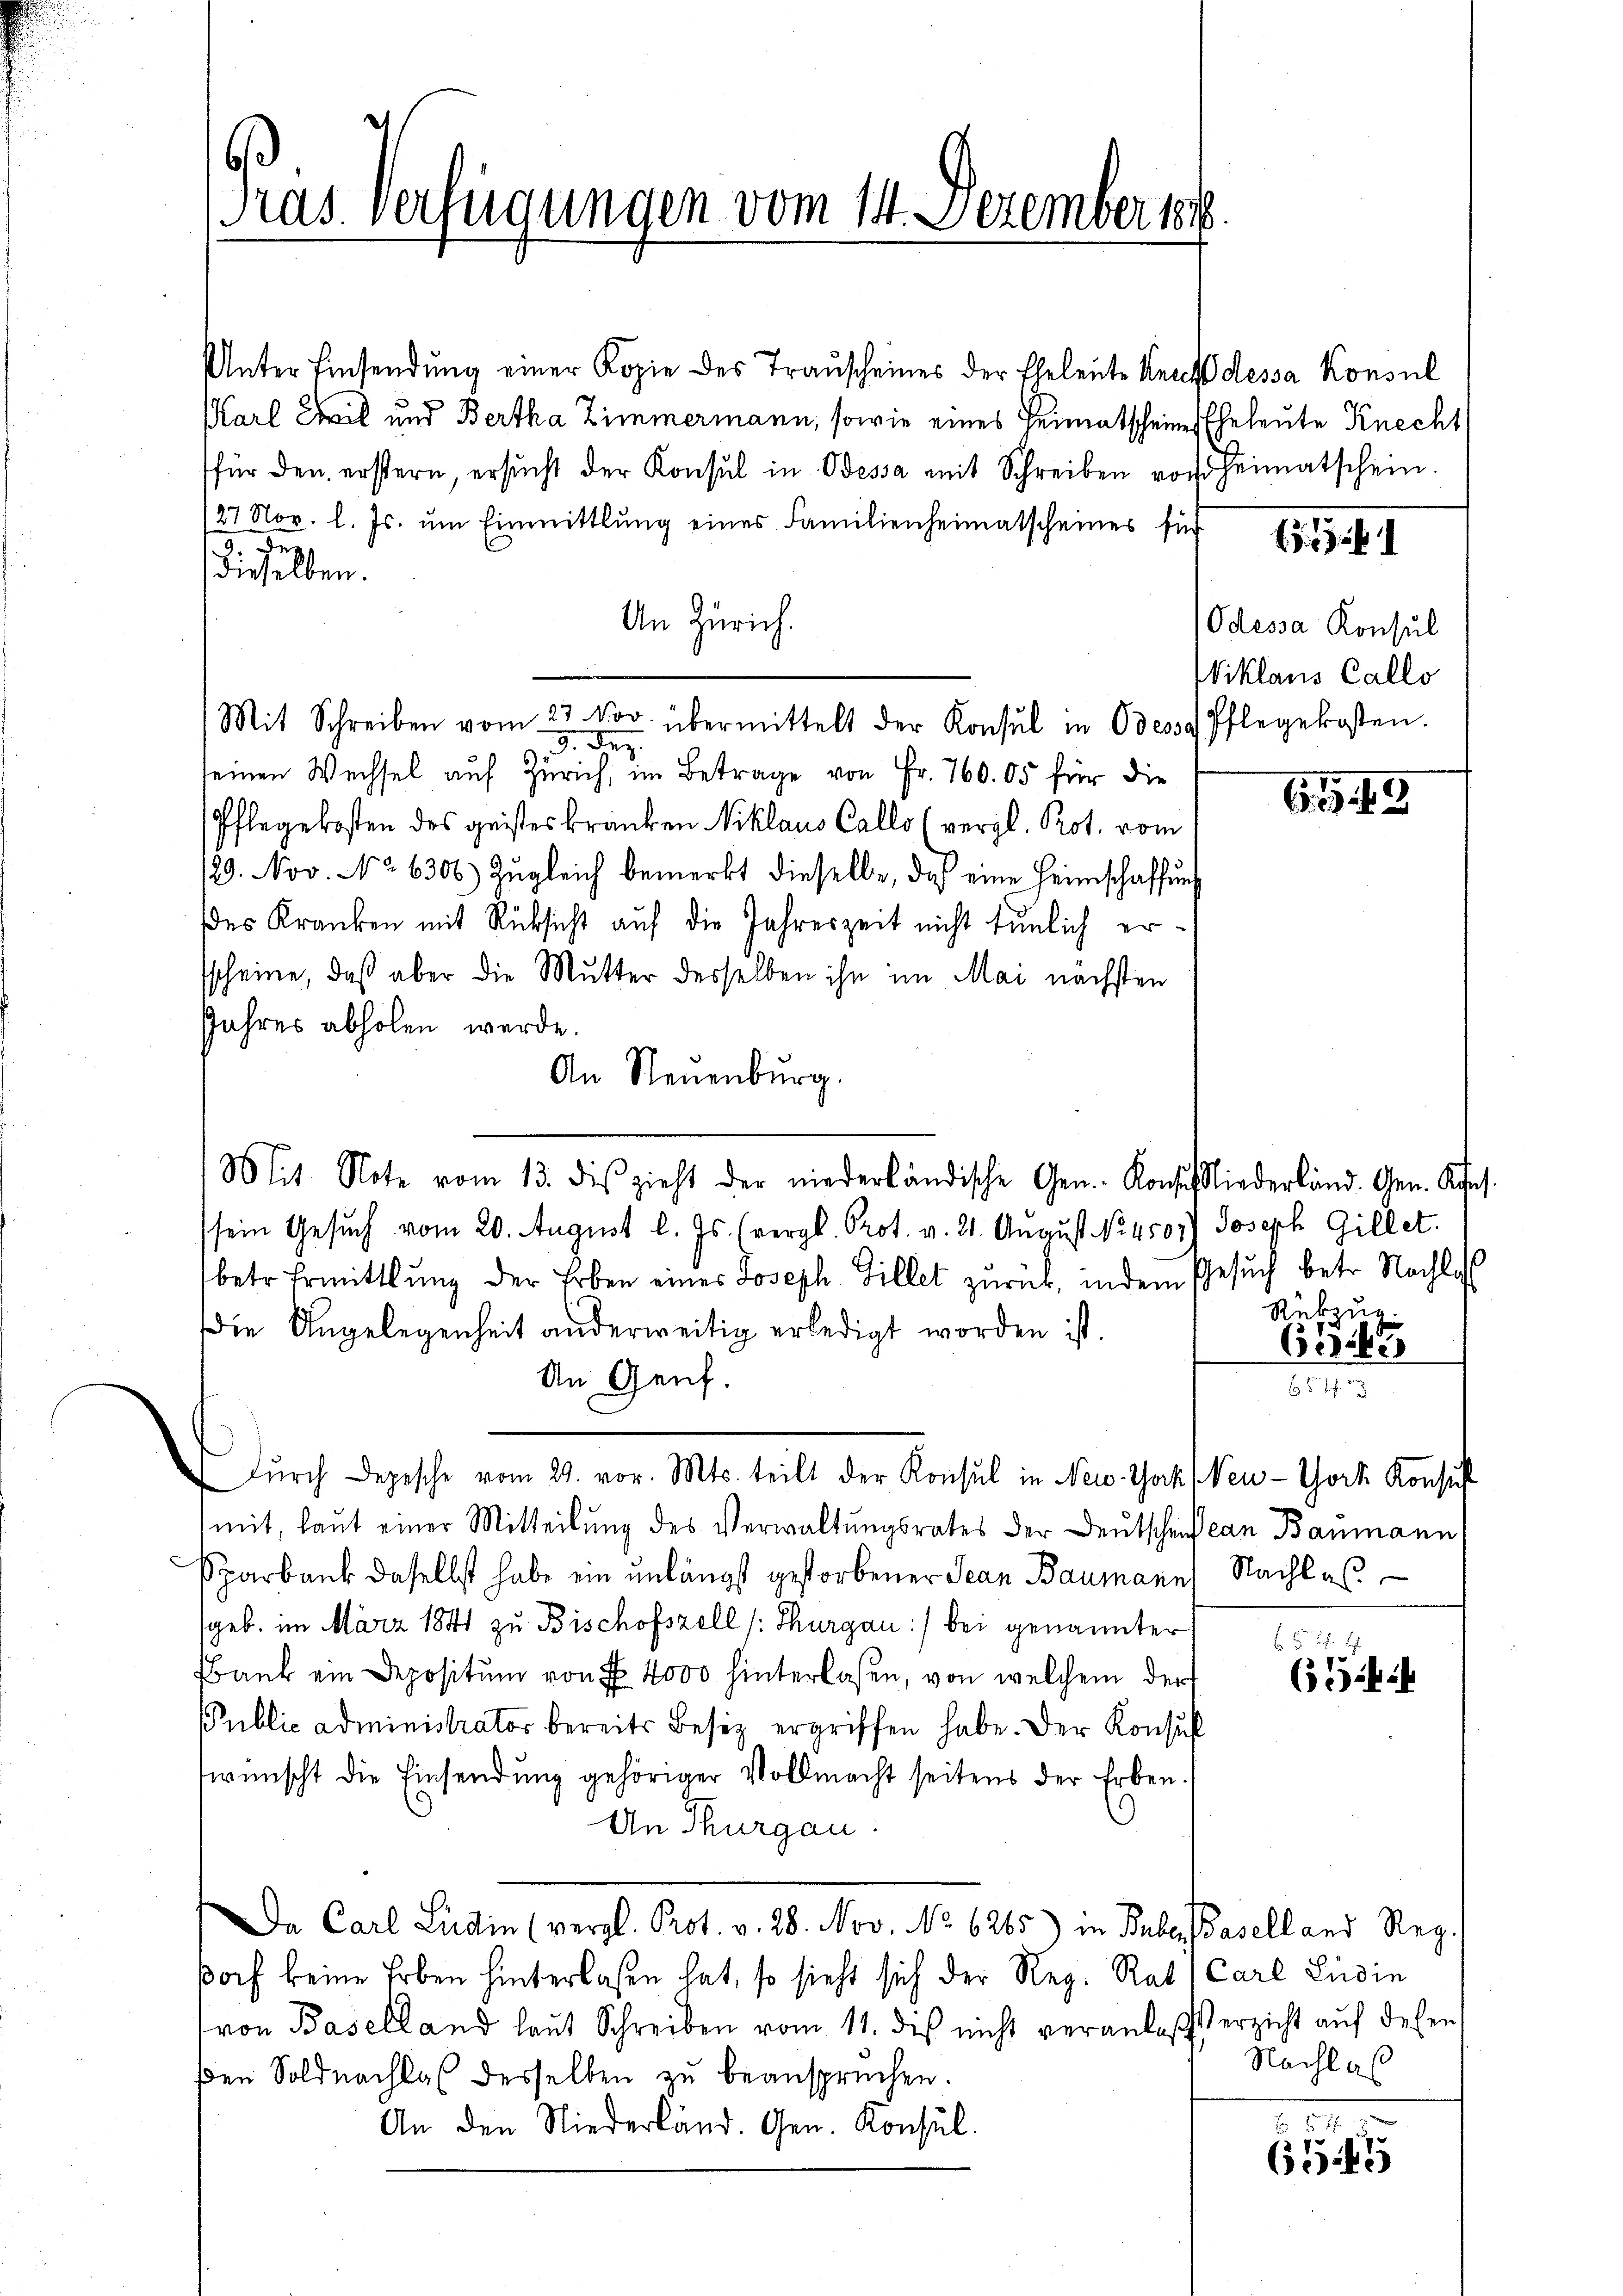
Unter Einsendŭng einer Kopie des Transcheines der Eheleute Recht dessa Konsul
Karl Weil und Bertha Zimmermann, sowie eines Heimatscheines Eheleute Knecht
für den erstern, ersŭcht der Konsul in Odessa mit Schreiben vor Heimatschein.
27 Nov. l. Js. ŭm Einmittlung eines Familienheimatscheines für
der
dieselben.
An Zürich.
Mit Schreiben vom 27. Nov. übermittelt der Konsul in Odessa Pflegekosten.
9). Der
seinen Wechsel auf Zürich, im Betrage von Fr. 760. 05 für die
Pflegekosten des geistes kranken Niklaus Callo (vergl. Prot. vom
129. Nov. No 6306) Zugleich bemerkt dieselbe, das eine Heimschaffung
des Kranken mit Rücksicht auf die Jahreszeit nicht tunlich ersscheine, daß aber die Mutter desselben ihn im Mai nächsten
Jahres abholen werde.
An Neuenburg.
Mit Note vom 13. dies zieht der niederländische Gen. Konsesiederland. Gen. Kons.
sein Gesuch vom 20. August l. Js. (vergl. Prot. v. 21. August No. 4507) Joseph Gillet.
betr. Ermittlung der Erben eines Joseph Billet zŭrück, indem Gesŭch betr. Nachla
Die Angelegenheit anderweitig erledigt worden ist.
An Genf.
dŭrch Depesche vom 21. vor. Mts. teilt der Konsul in New-York New-York Konsul
mit, laut einer Mitteilung des Verwaltungsrates der Deutschens can Baumann,
Pparbank daselbst habe ein unlängst gestorbener Jean Baumanns Nachlas
geb. im März 1841 zu Bischofszell (Thurgau :/ bei genannter
Bank ein Depositum von § 4000 hinterlassen, von welchem der
Public administrator bereits Besiz ergriffen habe. Der Konsul
wünscht die Einsendung gehöriger Vollmacht seitens der Erben.
An Thurgau
Da Carl Ludin (vergl. Prot. v. 28. Nov. No 6265) in Bube. Baselland Reg.
dorf keine Erben hinterlaßen hat, so sieht sich der Reg. Rat (Carl Ludin
ron Baselland laut Schreiben vom 11. des nicht veranlaßt erzicht auf dessen
den Soldnachlas desselben zu beansprüchen.
An den Niederländ. Gen. Konsul

Pras Verfügungen vom 14. Dezember 1.

Odessa Konsul
Wiklaus Callo

Rükzug.

A 15

Ceder

65

Nachlaß

E
5
635